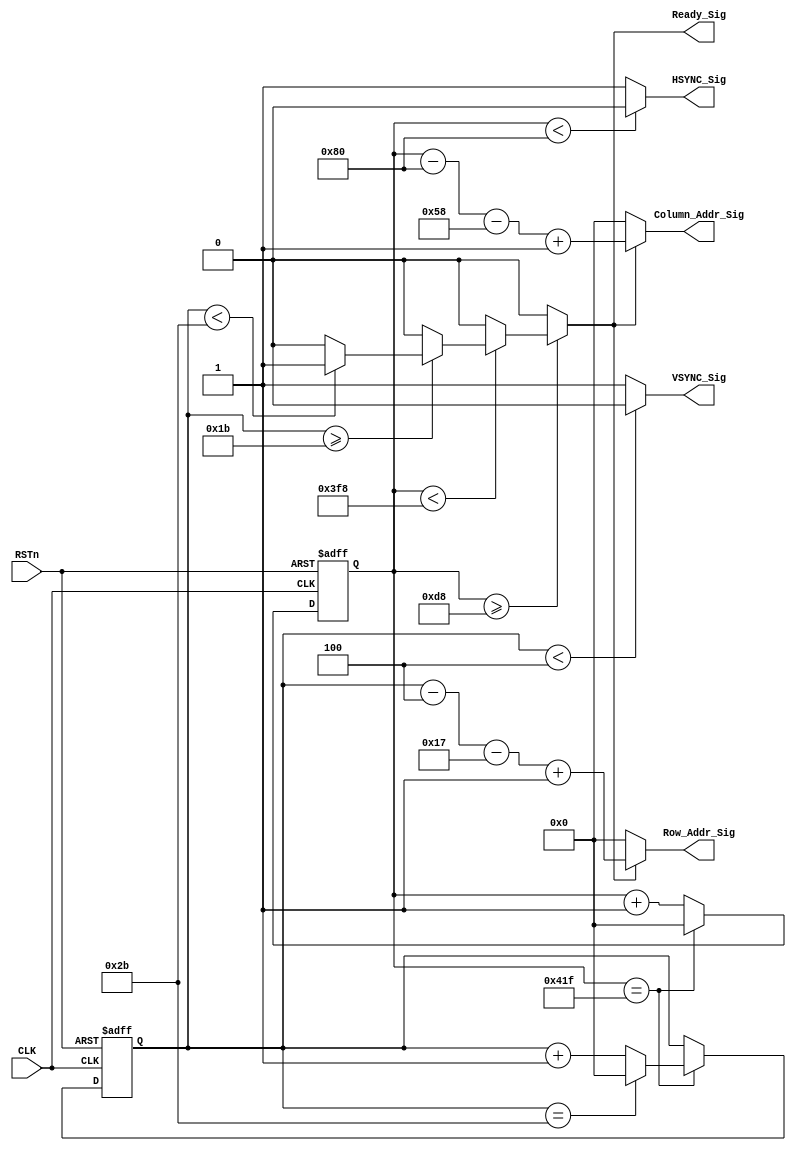



module sync_module
(
    CLK, RSTn,
	 VSYNC_Sig, HSYNC_Sig, Ready_Sig,
	 Column_Addr_Sig, Row_Addr_Sig
);

	input CLK;
	input RSTn;
	output VSYNC_Sig;
	output HSYNC_Sig;
	output Ready_Sig;
	output [10:0]Column_Addr_Sig;
	output [10:0]Row_Addr_Sig;
	 
	/********************************/
	 



	 
	reg [10:0]Count_H;
//  resolution 1440*900   frequence 60Hz
//	   clk_fre = 90MHz

// parameter H_SYN 		= 32;
// parameter H_BKPORCH 	= 80;
// parameter H_DATA 		= 1440;
// parameter H_FTPORCH		= 48;
// parameter H_TOTAL    	= 1600;


// parameter V_SYN 		= 6;
// parameter V_BKPORCH 	= 17;
// parameter V_DATA 		= 900;
// parameter V_FTPORCH		= 3;
// parameter V_TOTAL    	= 926 ;

//   resolution 640*480   frequence 60Hz
//	   clk_fre = 25.175MHz
// parameter H_SYN 		= 96;
// parameter H_BKPORCH 	= 48;
// parameter H_DATA 		= 640;
// parameter H_FTPORCH		= 16;
// parameter H_TOTAL    	= 800;


// parameter V_SYN 		= 2;
// parameter V_BKPORCH 	= 33;
// parameter V_DATA 		= 480;
// parameter V_FTPORCH		= 10;
// parameter V_TOTAL    	= 525;


//   resolution 800*600   frequence 60Hz
//	   clk_fre = 40MHz
parameter H_SYN 		= 128;
parameter H_BKPORCH 	= 88;
parameter H_DATA 		= 800;
parameter H_FTPORCH		= 40;
parameter H_TOTAL    	= 1056;


parameter V_SYN 		= 4;
parameter V_BKPORCH 	= 23;
parameter V_DATA 		= 16;
parameter V_FTPORCH		= 1;
parameter V_TOTAL    	= 44;


// standard 800 x 600   
//parameter H_SYN 		= 128;
//parameter H_BKPORCH 	= 88;
//parameter H_DATA 		= 800;
//parameter H_FTPORCH		= 40;
//parameter H_TOTAL    	= 1056;
//
//
//parameter V_SYN 		= 4;
//parameter V_BKPORCH 	= 23;
//parameter V_DATA 		= 600;
//parameter V_FTPORCH		= 1;
//parameter V_TOTAL    	= 628;
	 
	 
//   resolution1024*768   frequence 65Hz
//	   clk_fre = 65MHz
// parameter H_SYN 		= 136;
// parameter H_BKPORCH 	= 160;
// parameter H_DATA 		= 1024;
// parameter H_FTPORCH		= 24;
// parameter H_TOTAL    	= 1344;


// parameter V_SYN 		= 6;
// parameter V_BKPORCH 	= 29;
// parameter V_DATA 		= 768;
// parameter V_FTPORCH		= 3;
// parameter V_TOTAL    	= 806;
	 	 
	 
	 
	 
	 
	 
	 
	 always @ ( posedge CLK or negedge RSTn )
	     if( !RSTn )
				 Count_H <= 11'd0;
			else if( Count_H == H_TOTAL - 1)
			    Count_H <= 11'd0;
			else 
			    Count_H <= Count_H + 1'b1;
    
	 /********************************/
	 
	 reg [10:0]Count_V;
		 
	always @ ( posedge CLK or negedge RSTn )
	if( !RSTn )
		Count_V <= 11'd0;
	else if( Count_H == H_TOTAL - 1) begin
		Count_V <= Count_V + 1'b1;
		if( Count_V == V_TOTAL - 1) begin
			Count_V <= 11'd0;
		end
	end
	 /********************************/
	 
//	 reg isReady;
	 
/* 	 always @ ( posedge CLK or negedge RSTn )
	     if( !RSTn )
		      isReady <= 1'b0;
        else if( ( Count_H >= H_SYN + H_BKPORCH - 1 && Count_H < H_SYN + H_BKPORCH + H_DATA ) && 
			        ( Count_V >= V_SYN + V_BKPORCH - 1 && Count_V < V_SYN + V_BKPORCH + V_DATA ) )
		      isReady <= 1'b1;
		  else
		      isReady <= 1'b0; */
		    
	 /*********************************/
	 
	 assign VSYNC_Sig = ( Count_V < V_SYN ) ? 1'b0 : 1'b1;
	 assign HSYNC_Sig = ( Count_H < H_SYN ) ? 1'b0 : 1'b1;
	 assign Ready_Sig = (Count_H >= H_SYN + H_BKPORCH)	 ?		
						(Count_H < H_SYN + H_BKPORCH + H_DATA) ? 	
						(Count_V >= V_SYN + V_BKPORCH) ?					
						(Count_V < V_SYN + V_BKPORCH + V_DATA) ? 1 : 0 : 0 : 0 :0;
	                       
	 
	 /********************************/
	 
	 assign Column_Addr_Sig = Ready_Sig ? Count_H - H_SYN - H_BKPORCH + 1: 11'd0;    // Count from 0;
	 assign Row_Addr_Sig = Ready_Sig ? Count_V - V_SYN - V_BKPORCH + 1 : 11'd0; 		 // Count from 0;
	
	 /********************************/
	 
endmodule